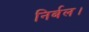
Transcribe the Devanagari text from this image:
निर्बल।